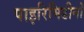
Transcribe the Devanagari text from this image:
पाइरिमिडीनों